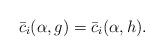
LaTeX: \begin{align*} \bar c_i(\alpha,g)=\bar c_i(\alpha,h). \end{align*}